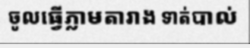
ចូលធ្វើភ្លាមតារាង ទាត់បាល់